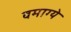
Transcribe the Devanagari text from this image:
वमाग्ये